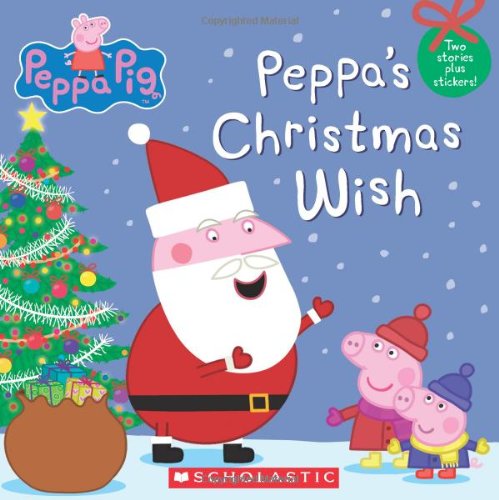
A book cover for Peppa Pig: Peppa's Christmas Wish; Scholastic; Children's Books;